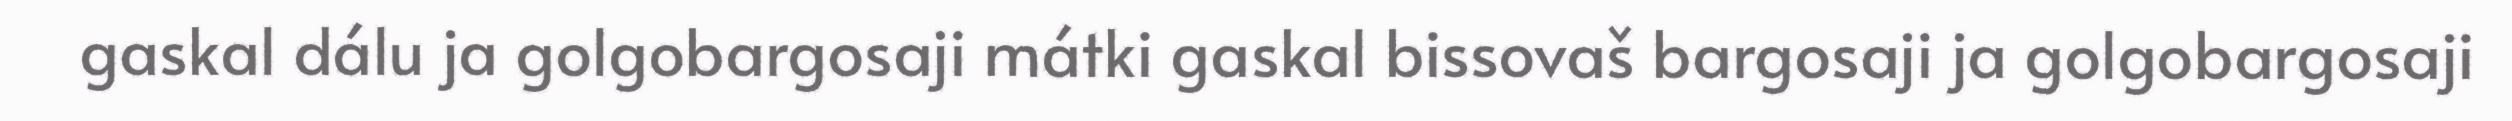
gaskal dálu ja golgobargosaji mátki gaskal bissovaš bargosaji ja golgobargosaji